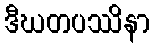
ဒီဃတပဿိနာ